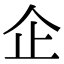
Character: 企